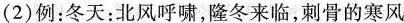
（2）例：冬天：北风呼啸，隆冬来临，刺骨的寒风